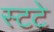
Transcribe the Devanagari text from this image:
स्टटे